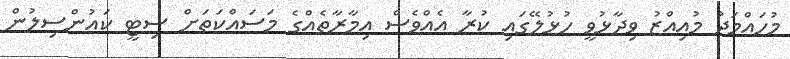
މުހައްމަދު މުއިއްޒު ވިދާޅުވީ ހުޅުލޭގައި ކުރާ އެއްވެސް އިމާރާތެއްގެ މަސައްކަތަށް ސިޓީ ކައުންސިލުން